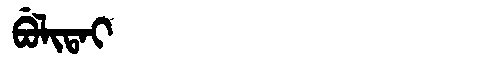
Manchu: ᠪᡠᠯᡳᡨᠠᡳ
Romanization: BULITAI